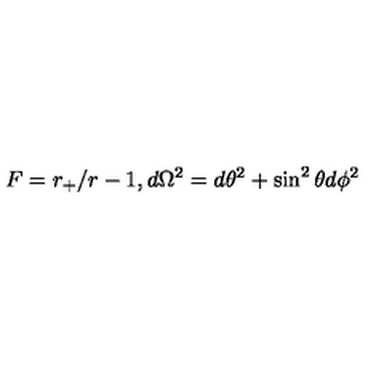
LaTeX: F = r _ { + } / r - 1 , d \Omega ^ { 2 } = d \theta ^ { 2 } + \sin ^ { 2 } \theta d \phi ^ { 2 }